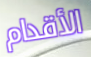
الأقدام